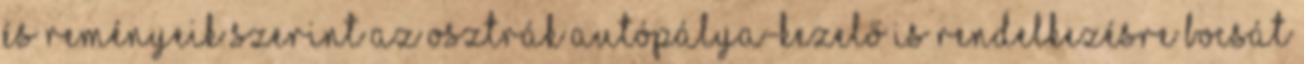
és reményeik szerint az osztrák autópálya-kezelő is rendelkezésre bocsát